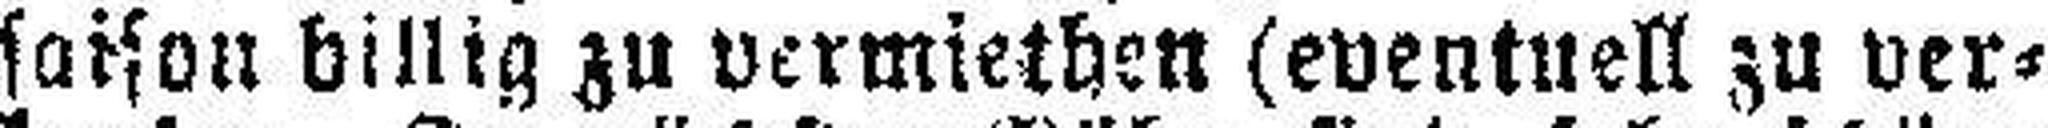
saison billig zu vermiethen (eventuell zu ver¬